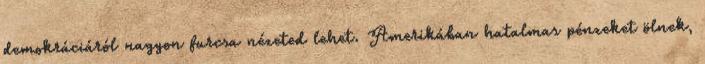
demokráciáról nagyon furcsa nézeted lehet. Amerikában hatalmas pénzeket ölnek,